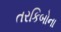
તરકિબોના